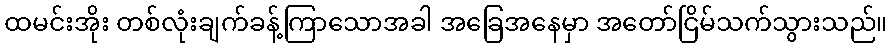
ထမင်းအိုး တစ်လုံးချက်ခန့်ကြာသောအခါ အခြေအနေမှာ အတော်ငြိမ်သက်သွားသည်။